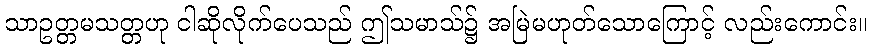
သာဥတ္တမသတ္တဟု ငါဆိုလိုက်ပေသည် ဤသမာသ်၌ အမြဲမဟုတ်သောကြောင့် လည်းကောင်း။